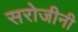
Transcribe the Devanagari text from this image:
सरोजीनी